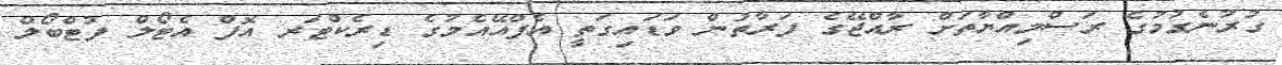
ގުރުނެގުމުގެ ރަސްމިއްޔާތަށް ރާއްޖޭގެ ފަރާތުން ވަޑައިގަތީ އެފްއޭއެމުގެ ޑިރެކްޓަރ އޮފް އެޓޯލް ފުޓްބޯލް